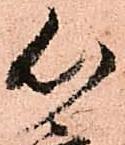
心